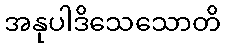
အနုပါဒိသေသောတိ